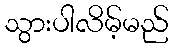
သွားပါလိမ့်မည်